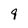
Character: 9